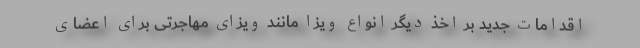
اقدامات جدید بر اخذ دیگر انواع ویزا مانند ویزای مهاجرتی برای اعضای